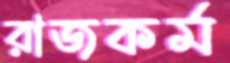
রাজকর্ম